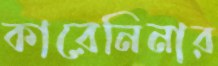
কারেনিনার